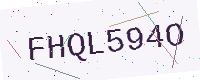
Text: FHQL594O